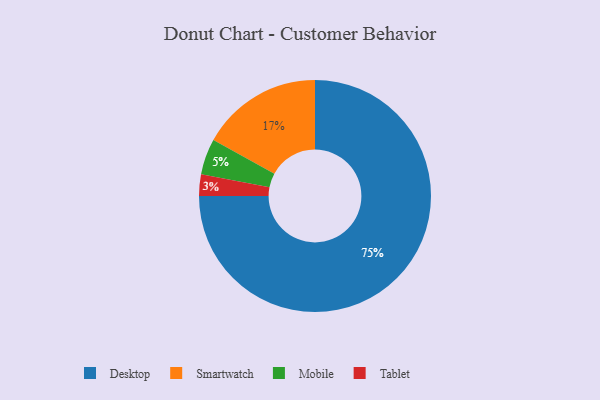
{"axis": {"x": "Category", "y": "Percentage"}, "legend": ["Desktop", "Mobile", "Smartwatch", "Tablet"], "data": [{"x": "Mobile", "y": 5, "type": "Mobile"}, {"x": "Smartwatch", "y": 17, "type": "Smartwatch"}, {"x": "Desktop", "y": 75, "type": "Desktop"}, {"x": "Tablet", "y": 3, "type": "Tablet"}]}